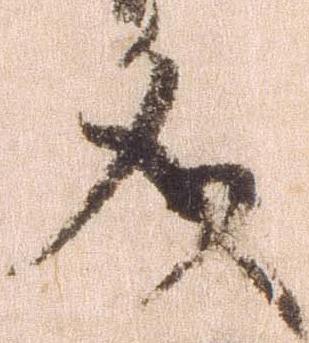
文